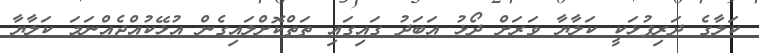
ކަލާގެ ދަރިފުޅަކީ ކަލާޔާ ވަރަށް ދޯޅު އަބަދު ގައިގައި ތަތްކޮށްލައިގެން އުޅޭކުއްޖެއްނަމަ ކަލާޔާ